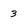
Character: 3